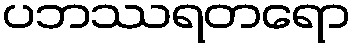
ပဘဿရတရော